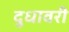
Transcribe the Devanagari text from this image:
दुधावरी